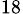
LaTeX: _{18}